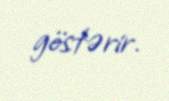
göstərir.